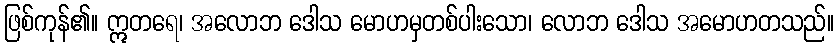
ဖြစ်ကုန်၏။ ဣတရေ၊ အလောဘ ဒေါသ မောဟမှတစ်ပါးသော၊ လောဘ ဒေါသ အမောဟတသည်။